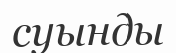
суынды